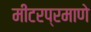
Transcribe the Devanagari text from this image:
मीटरप्रमाणे